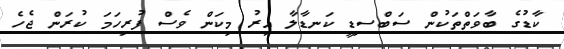
ކާޑުގެ ބާވަތްތަކުން ސަބްސިޑީ ކަނޑާލާ އިރު މިކަން ވެސް ފުރިހަމަ ކުރަން ޖެހެ